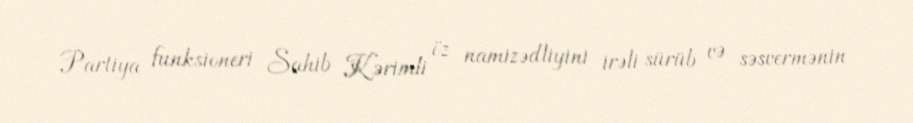
Partiya funksioneri Sahib Kərimli öz namizədliyini irəli sürüb və səsvermənin